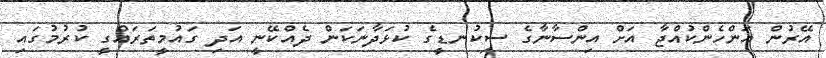
އޭރުން އަންހެންކުއްޖާ އަށް އިންސާނާގެ ސިކުނޑީގެ ކުޅަދާނަކަން ދެއްކޭނީ އަދި ގައުމީތަރައްގީ ކުރުމުގައި